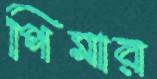
পিমার